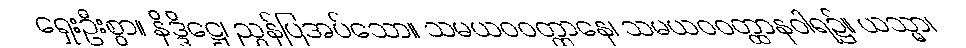
ရှေးဦးစွာ။ နိဒ္ဒိဋ္ဌေ၊ ညွှန်ပြအပ်သော။ သမယဝဝတ္ထာနေ၊ သမယဝဝတ္ထာနဝါရ၌။ ယသ္မာ၊